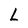
Character: L